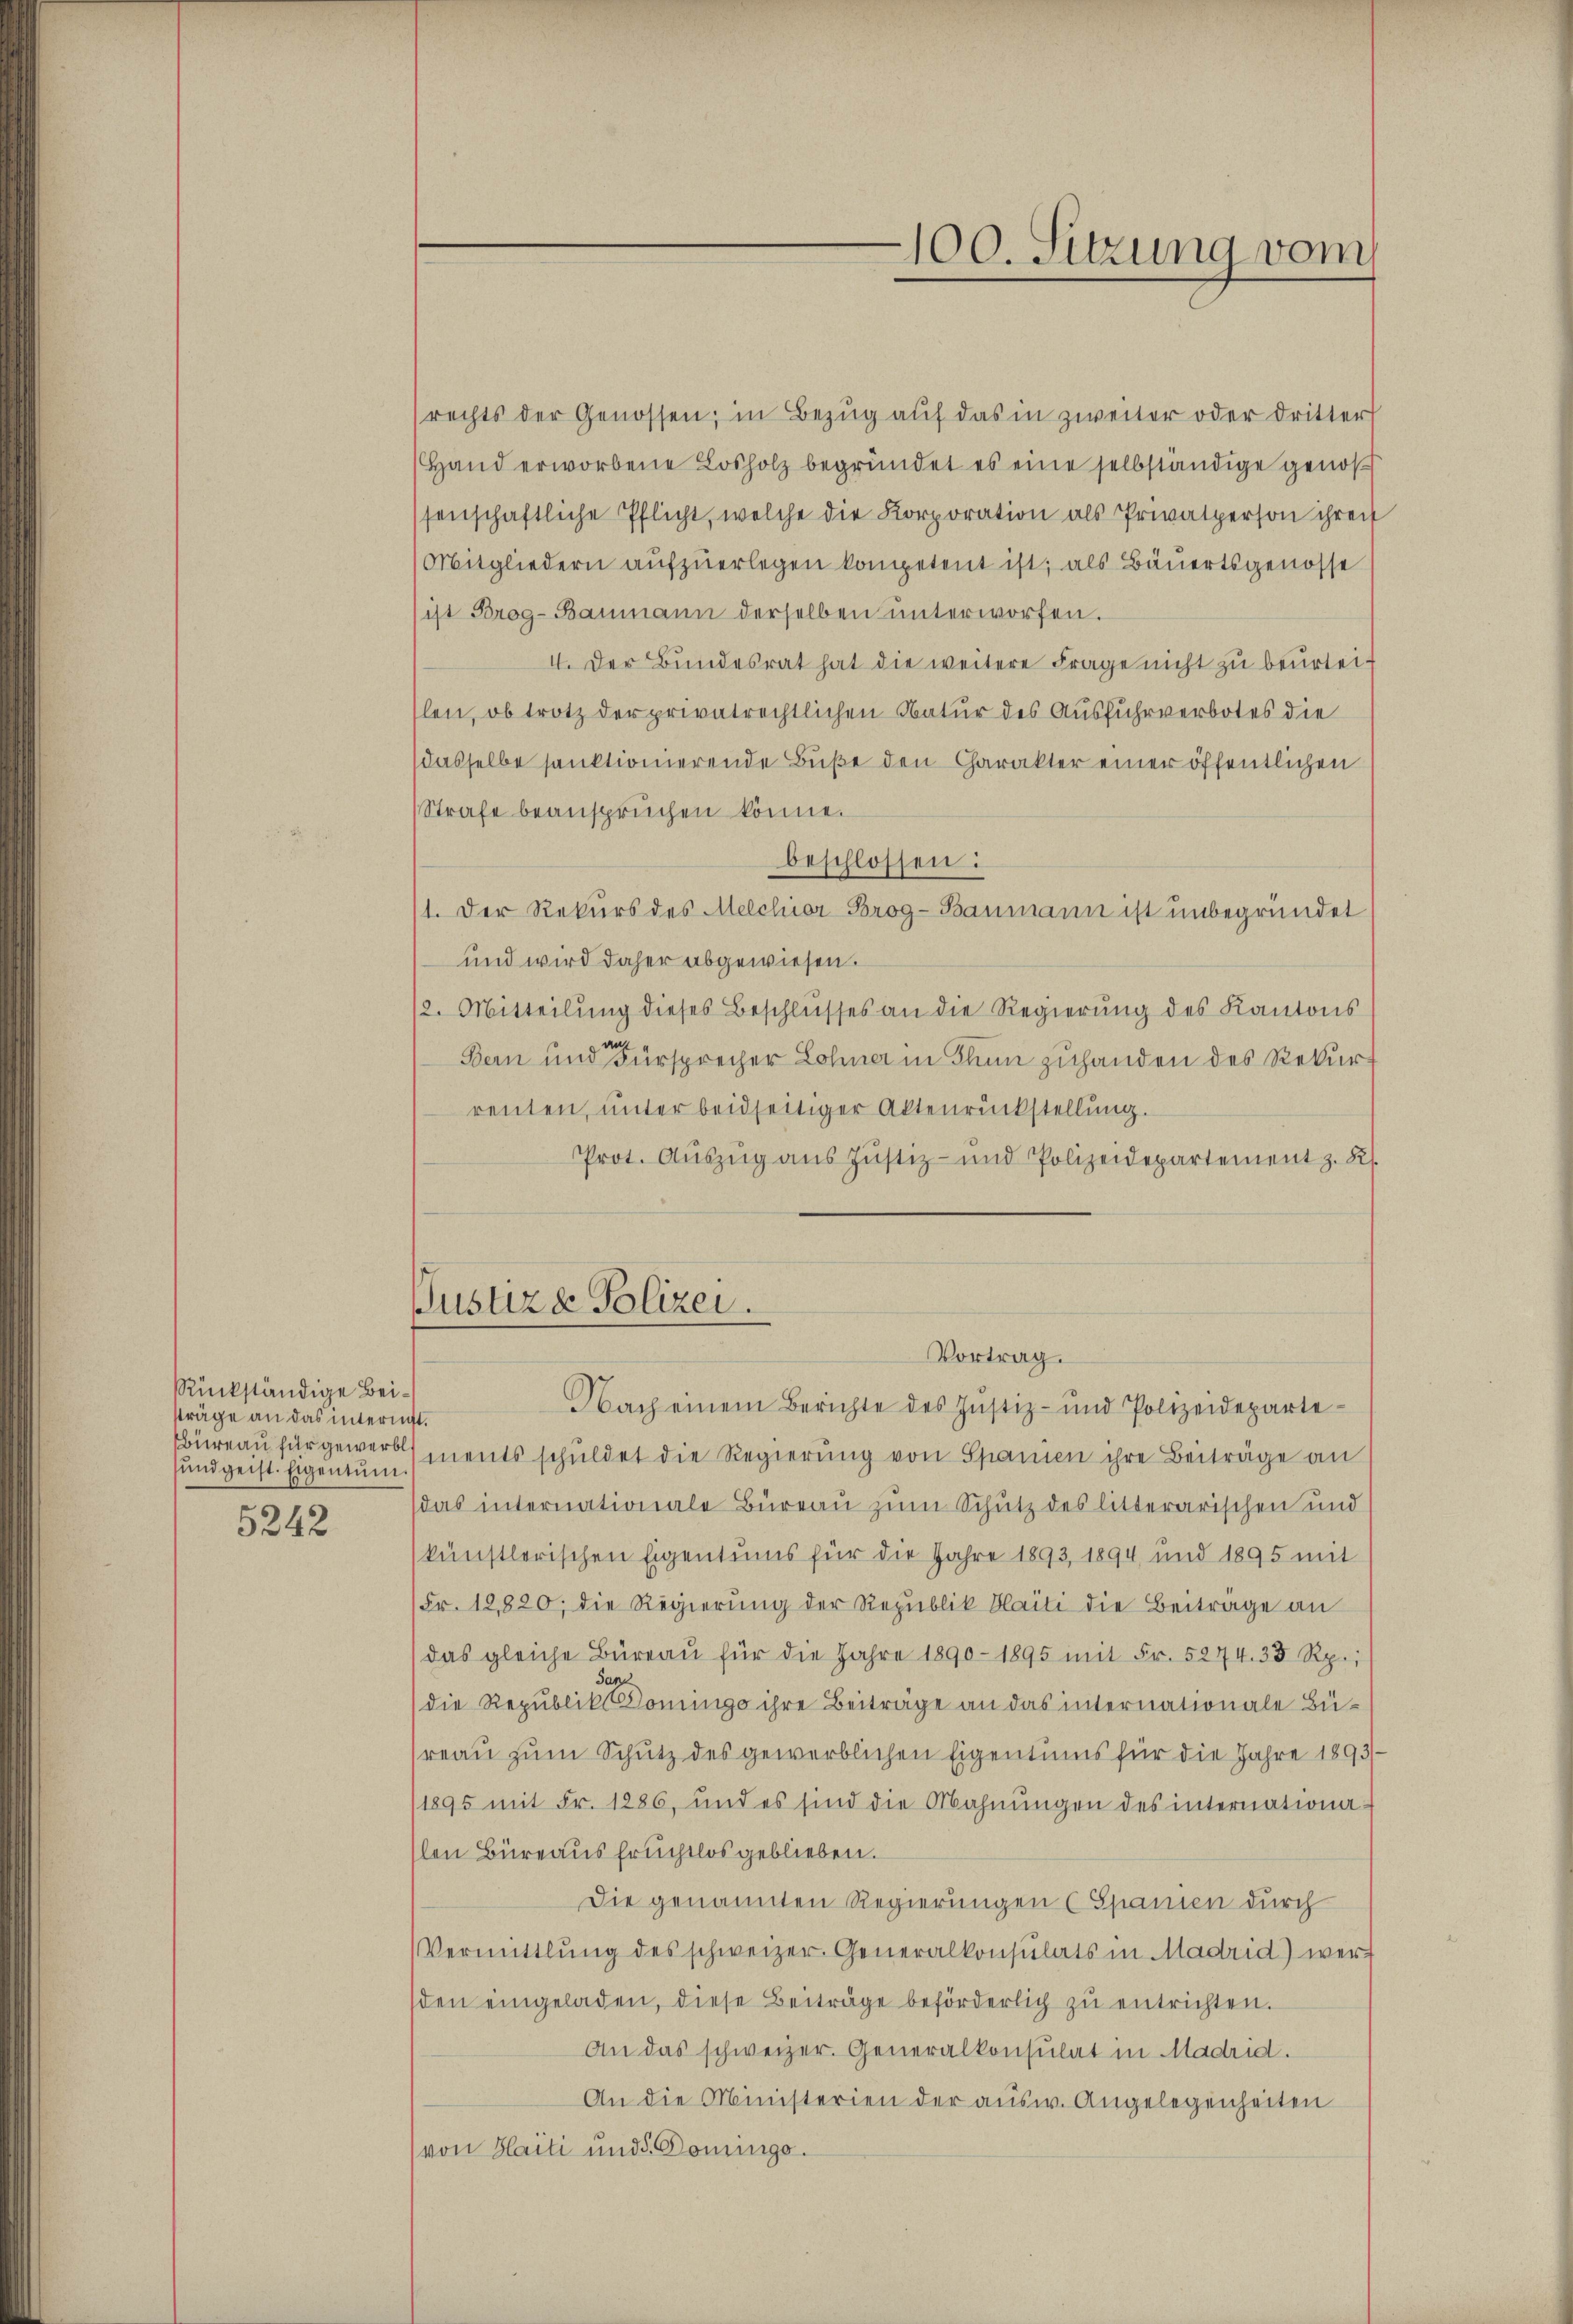
Rückständige Beisträge an das interint.
sund geist. Eigentum.

5242

rechts der Genossen; in Bezŭg aŭf das in zweiter oder dritter
Hand erworbene Losholz begründet es eine selbständige genoßssenschaftliche Pflicht, welche die Korporation als Privatperson ihren
Mitgliedern aufzuerlegen kompetent ist; als Bäuertsgenosse
ist Brog-Baumann derselben unterworfen.
4. Der Bundesrat hat die weitere Frage nicht zu beurteislen, ob trotz der privatrechtlichen Natur des Ausfuhrverbotes die
dasselbe sanktionierende Buße den Charakter einer öffentlichen
Strafe beanspruchen könne.
beschlossen:
11. Der Rekurs des Melchior Brog-Baumann ist unbegründet
und wird daher abgewiesen.
12. Mitteilŭng dieses Beschlŭsses an die Regierŭng des Kantons
Bern und Fürsprecher Lohner in Thun zuhanden des Rekurrenten, unter beidseitiger Aktenrückstellung.
Prot. Aŭszŭg aŭs Jŭstiz- und Polizeidepartement z. K.
Justiz & Polizei.
Vortrag.
Nach einem Berichte des Justiz- und Polizeideparte-
büreau für gewerb ments schuldet die Regierung von Spanien ihre Beiträge an
das internationale Büreau zum Schutz des litterarischen und
künstlerischen Eigentums für die Jahre 1893, 1894, und 1895 mit
Fr. 12,820, die Regierŭng der Republik Waiti die Beiträge an
das gleiche Büreaŭ für die Jahre 1890 - 1895 mit Fr. 5274. 33 Rp.,
i
(die Republik Dominge ihre Beiträge an das internationale Büreau zum Schutz des gewerblichen Eigentums für die Jahre 1893/
/1895 mit Fr. 1286, und es sind die Mahnŭngen des internationa-
slen Büreaus fruchtlos geblieben.
Die genannten Regierungen (Spanien durch
Vermittlung des schweizer. Generalkonsulats in Madrid) wersden eingeladen, diese Beiträge beförderlich zŭ entrichten.
An das schweizer. Generalkonsulat in Madrid.
An die Ministerien der aŭsw. Angelegenheiten
von Haiti und Domingo.

100. Sitzung vom